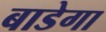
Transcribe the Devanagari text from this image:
बाडेगा